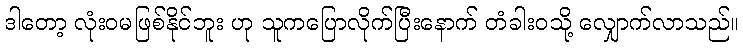
ဒါတော့ လုံးဝမဖြစ်နိုင်ဘူး ဟု သူကပြောလိုက်ပြီးနောက် တံခါးဝသို့ လျှောက်လာသည်။